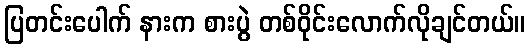
ပြတင်းပေါက် နားက စားပွဲ တစ်ဝိုင်းလောက်လိုချင်တယ်။